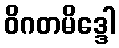
ဝိဂတမိဒ္ဒေါ